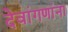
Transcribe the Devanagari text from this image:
देवांगणांना